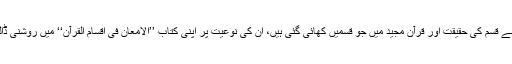
انھوں نے قسم کی حقیقت اور قرآن مجید میں جو قسمیں کھائی گئی ہیں، ان کی نوعیت پر اپنی کتاب ’’الامعان فی اقسام القرآن‘‘ میں روشنی ڈالی ہے۔